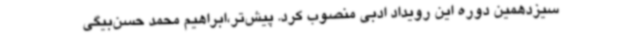
سیزدهمین دوره این رویداد ادبی منصوب کرد. پیش‌تر،ابراهیم محمد حسن‌بیگی